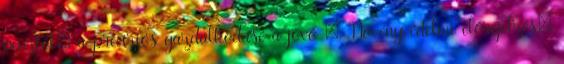
pénztől; a precíziós gazdálkodásé a jövő –. Növényvédelmi előrejelzés: